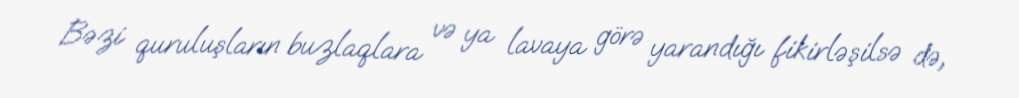
Bəzi quruluşların buzlaqlara və ya lavaya görə yarandığı fikirləşilsə də,